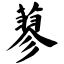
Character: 蓼